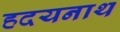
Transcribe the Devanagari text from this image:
हदयनाथ